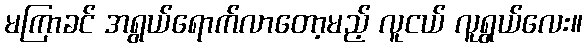
မကြာခင် အရွယ်ရောက်လာတော့မည့် လူငယ် လူရွယ်လေး။